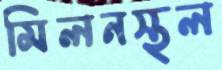
মিলনস্থল